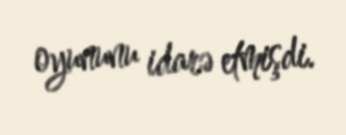
oyununu idarə etmişdi.